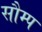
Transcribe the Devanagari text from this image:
सौम्प